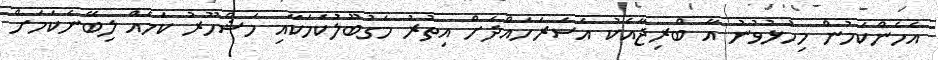
އެހެންކަމުން މިހުޅުވުނު އާ ބްރިޖާއެކު އެސަރަހައްދަށް އިތުރު މަގުބޫލުކަމަކާއި މަޝްހޫރު ކަމެއް ލިބޭނެކަމަށް